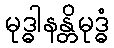
မုဒ္ဓါနန္တိမုဒ္ဓံ